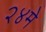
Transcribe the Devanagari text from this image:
२४मे